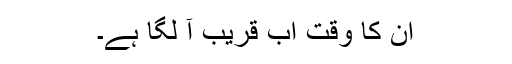
اُن کا وقت اب قریب آ لگا ہے۔